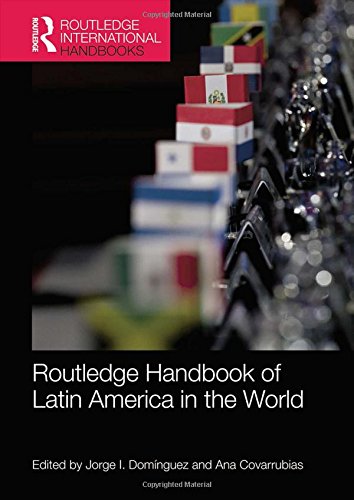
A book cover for Routledge Handbook of Latin America in the World; Law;